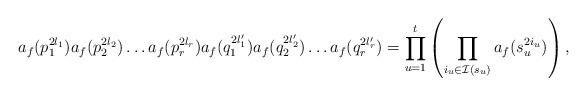
LaTeX: \begin{align*}a_f(p_1^{2l_1})a_f(p_2^{2l_2})\dots a_f(p_r^{2l_r})a_f(q_1^{2l_1'})a_f(q_2^{2l_2'})\dots a_f(q_r^{2l_r'}) = \prod_{u=1}^ t \left(\prod_{i_u \in \mathcal I(s_u)} a_f(s_u^{2i_u})\right),\end{align*}